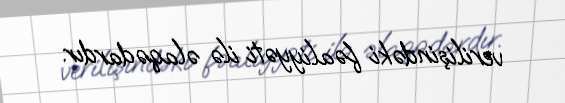
verilişindəki fəaliyyəti ilə əlaqədardır.